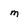
Character: m